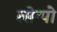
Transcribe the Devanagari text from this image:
त्सेन्पो